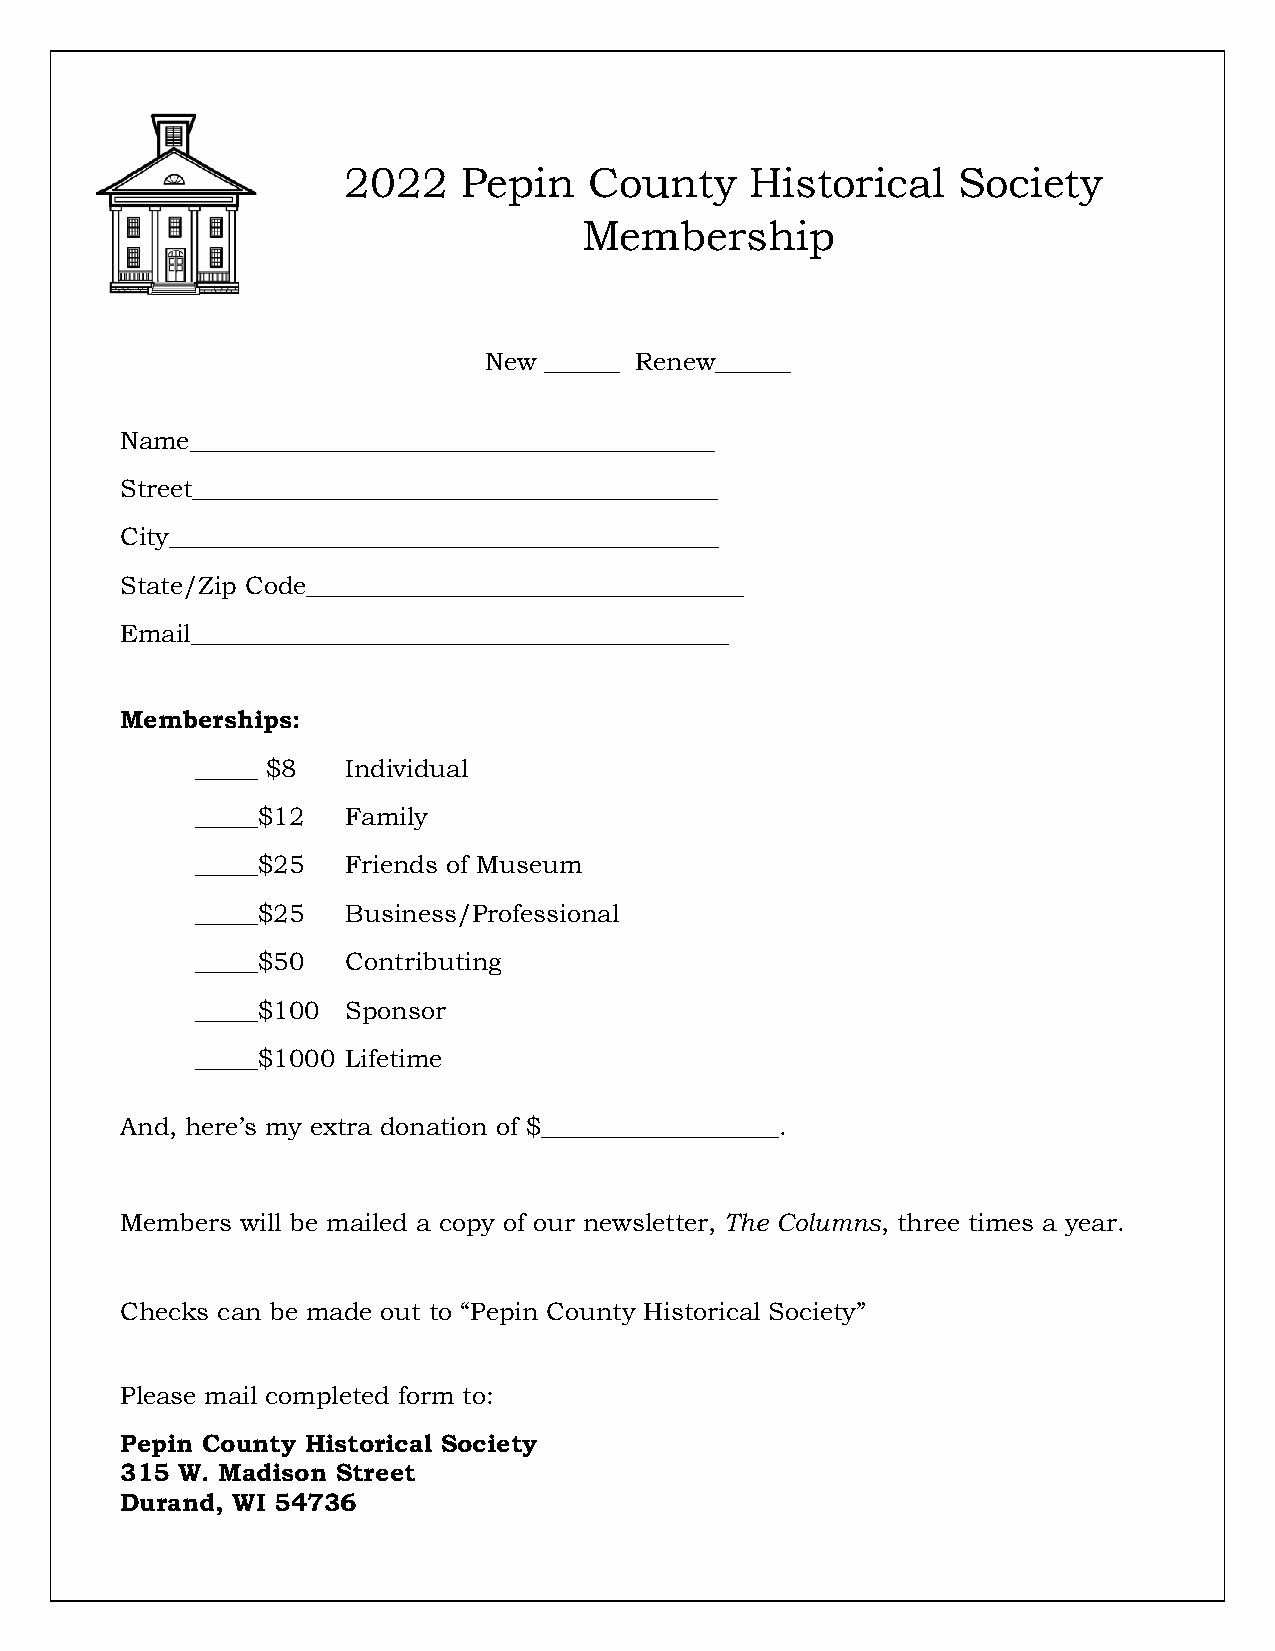
2022    Pepin   County     Historical   Society
 Membership
 New ______ Renew______
 Name__________________________________________
 Street__________________________________________
 City____________________________________________
 State/Zip Code___________________________________
 Email___________________________________________
 Memberships:
 _____ $8  Individual
 _____$12  Family
 _____$25  Friends of Museum
 _____$25  Business/Professional
 _____$50  Contributing
 _____$100 Sponsor
 _____$1000 Lifetime
 And, here’s my extra donation of $___________________.
 Members will be mailed a copy of our newsletter, The Columns, three times a year.
 Checks can be made out to “Pepin County Historical Society”
 Please mail completed form to:
 Pepin County Historical Society
 315 W. Madison Street
 Durand, WI 54736